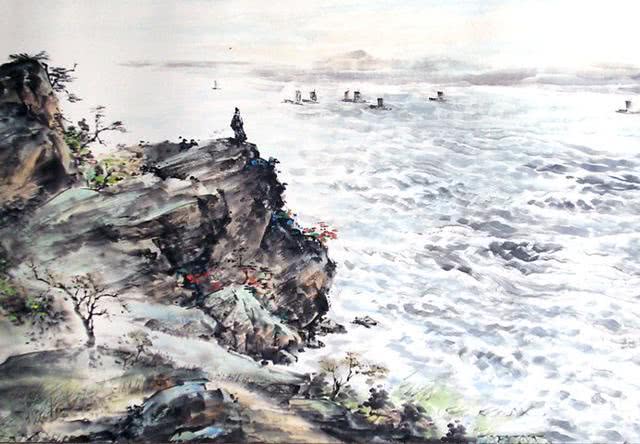
千寻铁锁沉江底，一片降幡出石头。